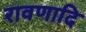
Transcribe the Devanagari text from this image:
रावणादि